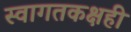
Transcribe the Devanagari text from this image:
स्वागतकक्षही